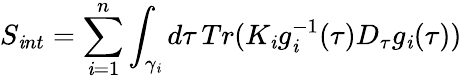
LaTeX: S_{\mathit{i}nt}=\sum_{\mathit{i}=1}^{n}\int_{\gamma_{\mathit{i}}}d\tau\, Tr(K_{\mathit{i}}g_{\mathit{i}}^{-1}(\tau)D_{\tau}g_{\mathit{i}}(\tau))